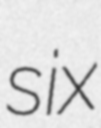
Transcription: six